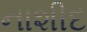
નાશીદ